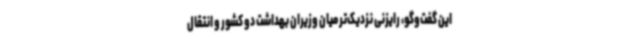
این گفت‌وگو، رایزنی نزدیک‌تر میان وزیران بهداشت دو کشور و انتقال